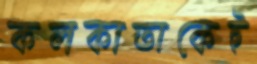
কলকাতাকেই